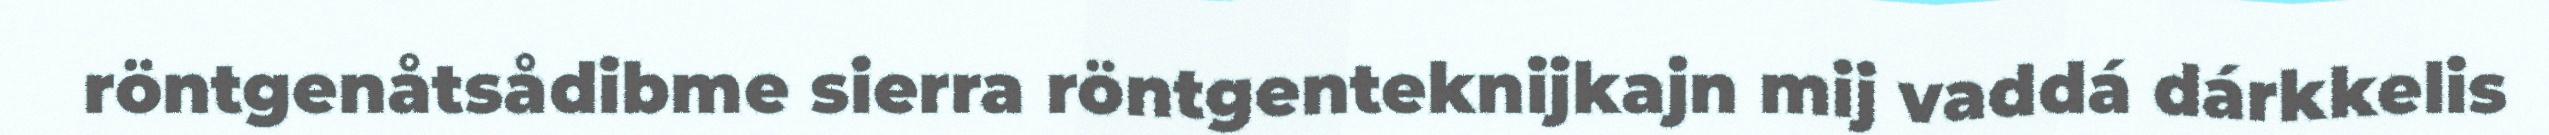
röntgenåtsådibme sierra röntgenteknijkajn mij vaddá dárkkelis